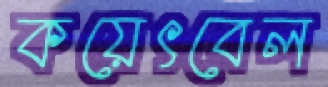
কয়েৎবেল